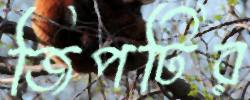
জিপটির